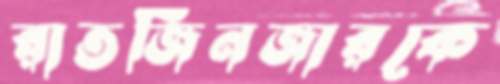
রাতজিনজারকে